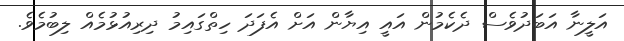
އަލީނާ އަބަދުވެސް ދެކެމުން އައީ އިޔާން އަށް އެފަދަ ހިތްގައިމު ދިރިއުޅުމެއް ލިބުމެވެ.